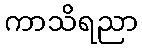
ကာသိရညာ